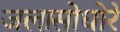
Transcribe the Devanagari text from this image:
जलासोघोरे